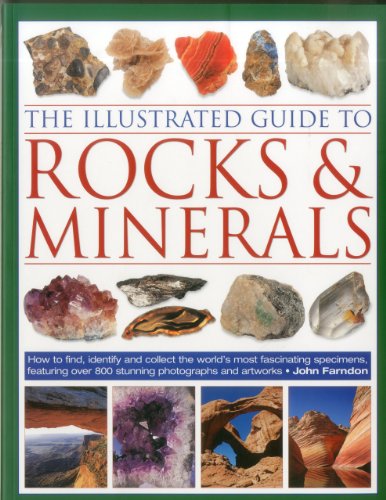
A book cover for The Illustrated Guide to Rocks & Minerals: How to find, identify and collect the world's most fascinating specimens, featuring over 800 stunning photographs and artworks; John Farndon; Sports & Outdoors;